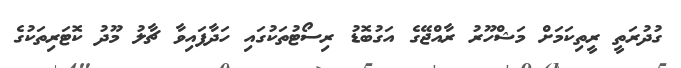
ގުދުރަތީ ރީތިކަމަށް މަޝްހޫރު ރާއްޖޭގެ އަގުބޮޑު ރިސޯޓުތަކުގައި ހަދާފައިވާ ޗާލު މޫދު ކޮޓަރިތަކުގެ